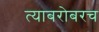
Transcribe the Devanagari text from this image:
त्‍याबरोबरच